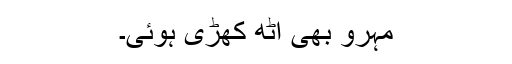
مہرو بھی اٹھ کھڑی ہوئی۔